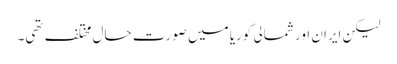
لیکن ایران اور شمالی کوریا میں صورت حال مختلف تھی۔